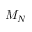
M _ { N }